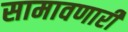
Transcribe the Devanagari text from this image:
सामावणारी